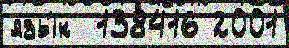
язы́к  138416 2001